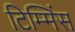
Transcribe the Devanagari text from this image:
टिम्मिंस